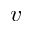
v